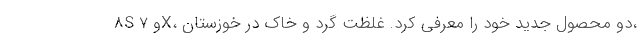
8S و 7X، دو محصول جدید خود را معرفی کرد. غلظت گرد و خاک در خوزستان،